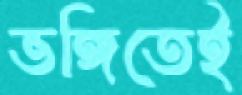
ভঙ্গিতেই